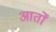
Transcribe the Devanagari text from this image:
आर्तों